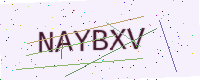
Text: NAYBXV